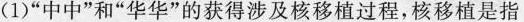
(1)”中中”和”华华”的获得涉及核移植过程，核移植是指